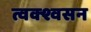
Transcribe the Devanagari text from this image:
त्वक्श्वसन